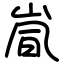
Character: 𫵽